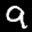
Label: 9